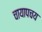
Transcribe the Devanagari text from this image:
चायापचय